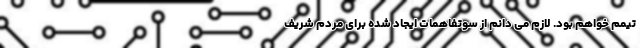
تیمم خواهم بود. لازم می دانم از سوتفاهمات ایجاد شده برای مردم شریف